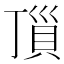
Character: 𧵜